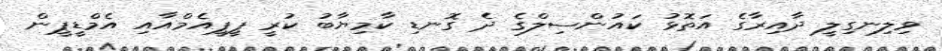
ވިލިނގިލީ ދާއިރާގެ އަތޮޅު ކައުންސިލްގެ ދެ ގޮނޑި ކާމިޔާބު ކުރީ ޕީޕީއެމްއާއި އެމްޑީޕީން